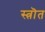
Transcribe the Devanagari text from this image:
स्त्रॊत